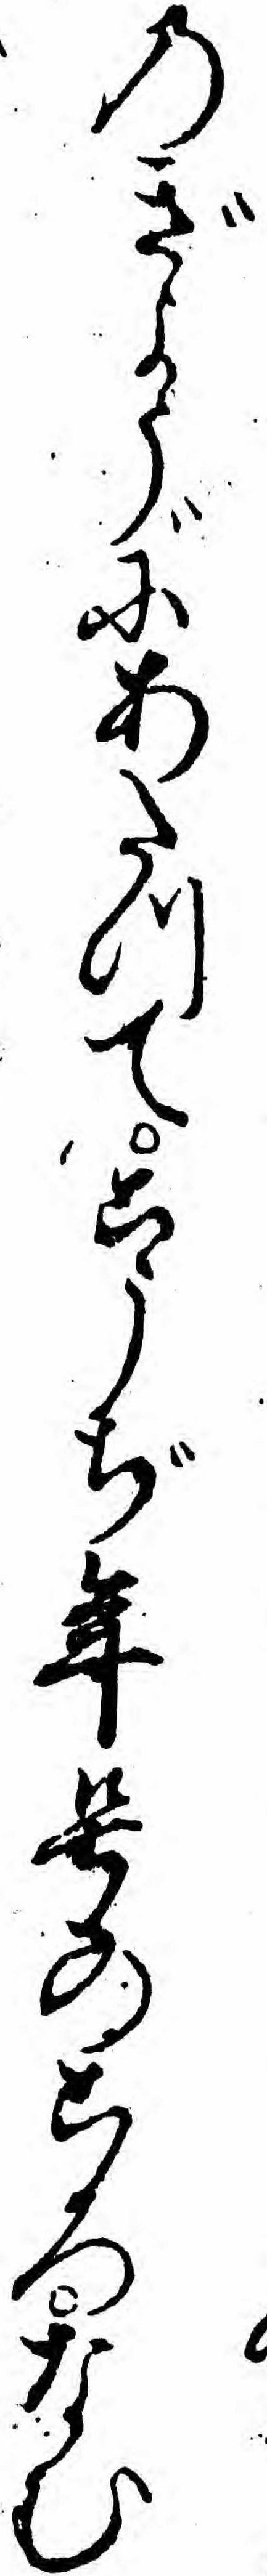
のぎようにあたつてこうぢ年号のころなむ